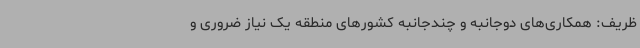
ظریف: همکاری‌های دوجانبه و چندجانبه کشورهای منطقه یک نیاز ضروری و